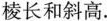
棱长和斜高.